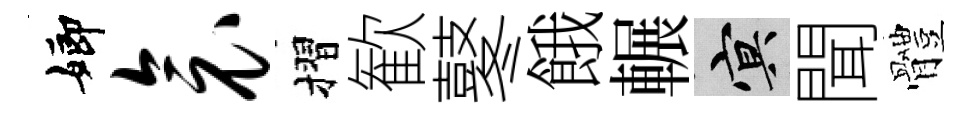
嫏衾摺歓鼕餓輾冥聞體